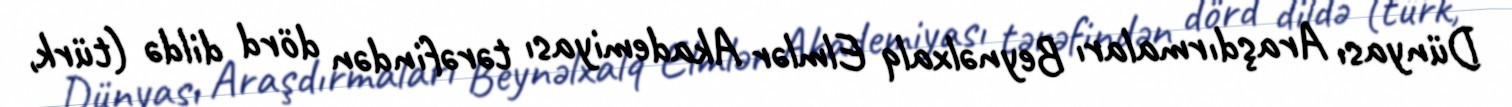
Dünyası Araşdırmaları Beynəlxalq Elmlər Akademiyası tərəfindən dörd dildə (türk,